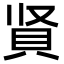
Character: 䝨